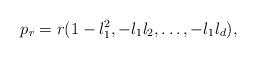
LaTeX: \begin{align*}p_r=r(1-l_1^2,-l_1l_2,\ldots,-l_1l_d),\end{align*}